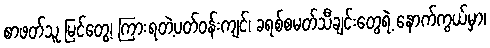
စာဖတ်သူ မြင်တွေ့၊ ကြားရတဲ့ပတ်၀န်းကျင်၊ ခရစ်စမတ်သီချင်းတွေရဲ့ နောက်ကွယ်မှာ၊